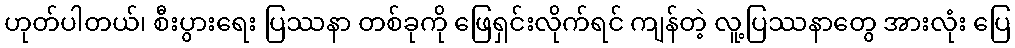
ဟုတ်ပါတယ်၊ စီးပွားရေး ပြဿနာ တစ်ခုကို ဖြေရှင်းလိုက်ရင် ကျန်တဲ့ လူ့ပြဿနာတွေ အားလုံး ပြေ